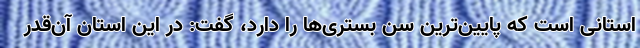
استانی است که پایین‌ترین سن بستری‌ها را دارد، گفت: در این استان آن‌قدر